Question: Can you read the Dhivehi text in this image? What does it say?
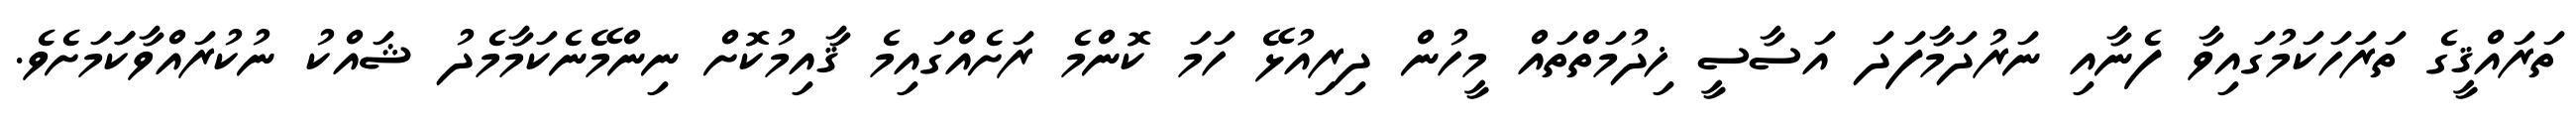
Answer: ތަރައްޤީގެ ތަރަހަކަމުގައިވާ ފެނާއި ނަރުދަމާފަދަ އަސާސީ ޚިދުމަތްތައް މީހުން ދިރިއުޅޭ ހަމަ ކޮންމެ ރަށެއްގައިމެ ޤާއިމުކޮށް ނިންމޭނެކަމާމެދު ޝައްކު ނުކުރައްވާކަަމަށެވެ.